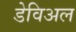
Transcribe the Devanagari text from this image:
डेविअल